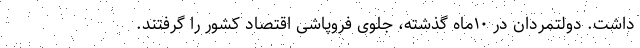
داشت. دولتمردان در ۱۰ماه گذشته، جلوی فروپاشی اقتصاد کشور را گرفتند.